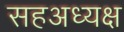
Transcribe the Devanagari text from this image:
सहअध्यक्ष